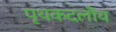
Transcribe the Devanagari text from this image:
पृथकदलीय